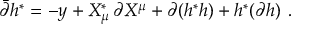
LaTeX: \bar { \partial } h ^ { * } = - y + X _ { \mu } ^ { * } \, \partial X ^ { \mu } + \partial ( h ^ { * } h ) + h ^ { * } ( \partial h ) \ .